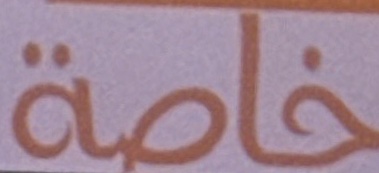
خاصة